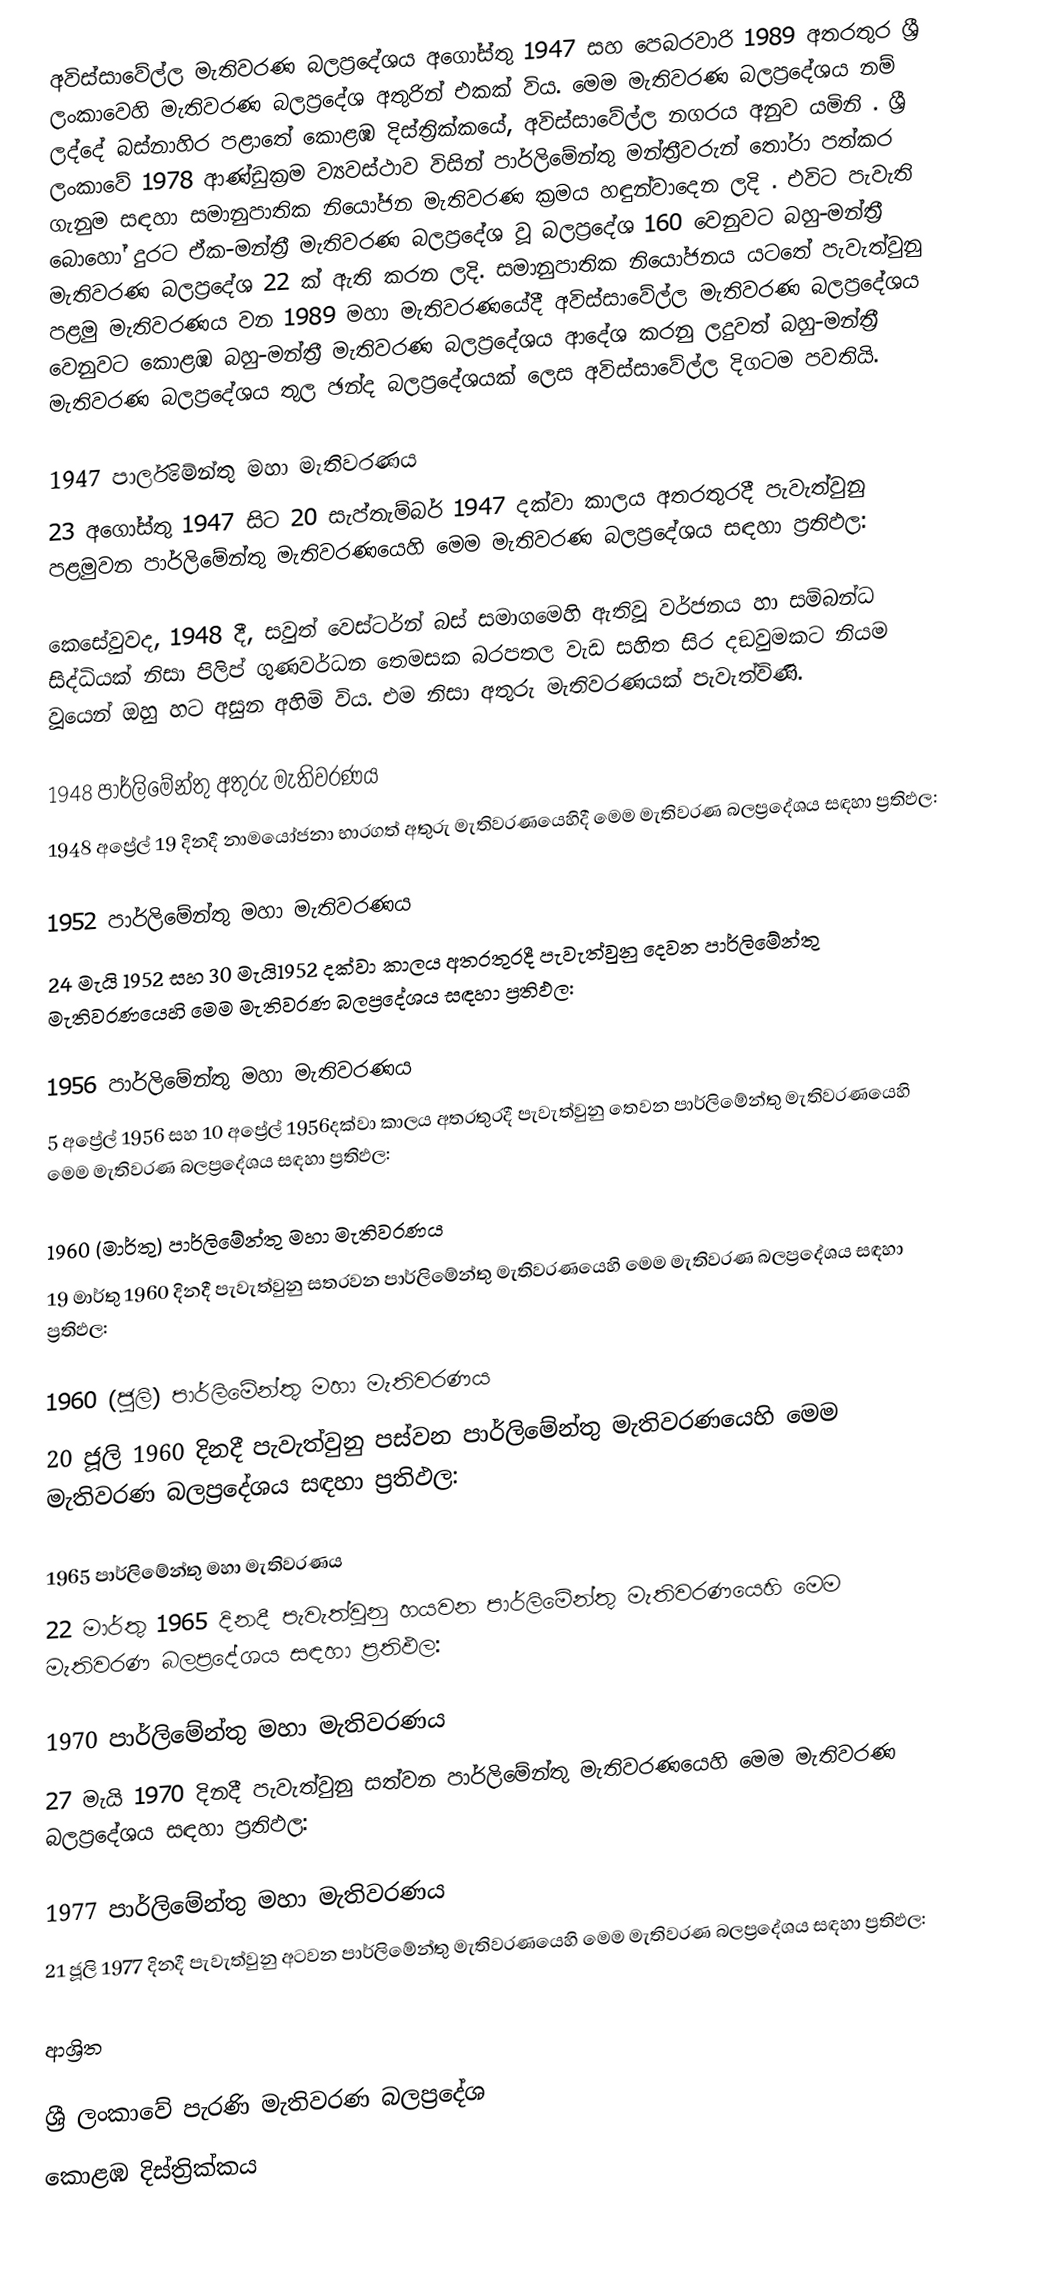
අවිස්සාවේල්ල මැතිවරණ බලප්‍රදේශය  අගෝස්තු 1947 සහ පෙබරවාරි 1989 අතරතුර  ශ්‍රී ලංකාවෙහි  මැතිවරණ බලප්‍රදේශ අතුරින් එකක් විය. මෙම මැතිවරණ බලප්‍රදේශය නම් ලද්දේ  බස්නාහිර පළාතේ  කොළඹ දිස්ත්‍රික්කයේ,  අවිස්සාවේල්ල නගරය අනුව යමිනි . ශ්‍රී ලංකාවේ 1978 ආණ්ඩුක්‍රම ව්‍යවස්ථාව විසින්   පාර්ලිමේන්තු මන්ත්‍රීවරුන් තෝරා පත්කර ගැනුම සඳහා සමානුපාතික නියෝජන මැතිවරණ ක්‍රමය හඳුන්වාදෙන ලදි . එවිට පැවැති බොහෝ දුරට  ඒක-මන්ත්‍රී මැතිවරණ බලප්‍රදේශ වූ බලප්‍රදේශ 160 වෙනුවට බහු-මන්ත්‍රී මැතිවරණ බලප්‍රදේශ 22 ක් ඇති කරන ලදි. සමානුපාතික නියෝජනය යටතේ පැවැත්වුනු පළමු මැතිවරණය වන 1989 මහා මැතිවරණයේදී  අවිස්සාවේල්ල මැතිවරණ බලප්‍රදේශය වෙනුවට  කොළඹ බහු-මන්ත්‍රී මැතිවරණ බලප්‍රදේශය  ආදේශ කරනු ලදුවත් බහු-මන්ත්‍රී මැතිවරණ බලප්‍රදේශය තුල ඡන්ද බලප්‍රදේශයක් ලෙස අවිස්සාවේල්ල දිගටම පවතියි.

1947 පාර්ලිමේන්තු මහා මැතිවරණය
23 අගෝස්තු 1947 සිට 20 සැප්තැම්බර් 1947 දක්වා කාලය අතරතුරදී පැවැත්වුනු  පළමුවන පාර්ලිමේන්තු මැතිවරණයෙහි මෙම මැතිවරණ බලප්‍රදේශය සඳහා ප්‍රතිඵල:

කෙසේවුවද, 1948 දී, සවුත් වෙස්ටර්න් බස් සමාගමෙහි ඇතිවූ වර්ජනය හා සම්බන්ධ සිද්ධියක් නිසා පිලිප් ගුණවර්ධන තෙමසක බරපතල වැඩ සහිත සිර දඞුවමකට නියම වූයෙන් ඔහු හට අසුන අහිමි විය. එම නිසා අතුරු මැතිවරණයක් පැවැත්විණි.

1948 පාර්ලිමේන්තු අතුරු මැතිවරණය
1948 අප්‍රේල් 19 දිනදී  නාමයෝජනා භාරගත් අතුරු මැතිවරණයෙහිදී මෙම මැතිවරණ බලප්‍රදේශය සඳහා ප්‍රතිඵල:

1952 පාර්ලිමේන්තු මහා මැතිවරණය
24 මැයි 1952 සහ 30 මැයි1952 දක්වා කාලය අතරතුරදී පැවැත්වුනු  දෙවන පාර්ලිමේන්තු මැතිවරණයෙහි මෙම මැතිවරණ බලප්‍රදේශය සඳහා ප්‍රතිඵල:

1956 පාර්ලිමේන්තු මහා මැතිවරණය
5 අප්‍රේල් 1956 සහ 10 අප්‍රේල් 1956දක්වා කාලය අතරතුරදී පැවැත්වුනු  තෙවන පාර්ලිමේන්තු මැතිවරණයෙහි මෙම මැතිවරණ බලප්‍රදේශය සඳහා ප්‍රතිඵල:

1960 (මාර්තු) පාර්ලිමේන්තු මහා මැතිවරණය
19 මාර්තු 1960 දිනදී පැවැත්වුනු  සතරවන පාර්ලිමේන්තු මැතිවරණයෙහි මෙම මැතිවරණ බලප්‍රදේශය සඳහා ප්‍රතිඵල:

1960 (ජූලි) පාර්ලිමේන්තු මහා මැතිවරණය
20 ජූලි 1960 දිනදී පැවැත්වුනු  පස්වන පාර්ලිමේන්තු මැතිවරණයෙහි මෙම මැතිවරණ බලප්‍රදේශය සඳහා ප්‍රතිඵල:

1965 පාර්ලිමේන්තු මහා මැතිවරණය
22 මාර්තු 1965  දිනදී පැවැත්වුනු  හයවන පාර්ලිමේන්තු මැතිවරණයෙහි මෙම මැතිවරණ බලප්‍රදේශය සඳහා ප්‍රතිඵල:

1970 පාර්ලිමේන්තු මහා මැතිවරණය
27 මැයි 1970 දිනදී පැවැත්වුනු  සත්වන පාර්ලිමේන්තු මැතිවරණයෙහි මෙම මැතිවරණ බලප්‍රදේශය සඳහා ප්‍රතිඵල:

1977 පාර්ලිමේන්තු මහා මැතිවරණය
21 ජූලි 1977 දිනදී පැවැත්වුනු  අටවන පාර්ලිමේන්තු මැතිවරණයෙහි මෙම මැතිවරණ බලප්‍රදේශය සඳහා ප්‍රතිඵල:

ආශ්‍රිත

ශ්‍රී ලංකාවේ පැරණි මැතිවරණ බලප්‍රදේශ
 කොළඹ දිස්ත්‍රික්කය